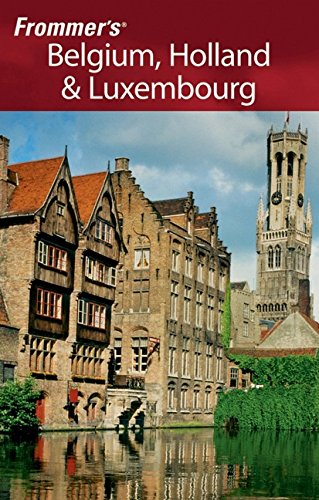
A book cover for Frommer's Belgium, Holland & Luxembourg (Frommer's Complete Guides); George McDonald; Travel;